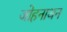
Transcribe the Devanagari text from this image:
जोहनाथन